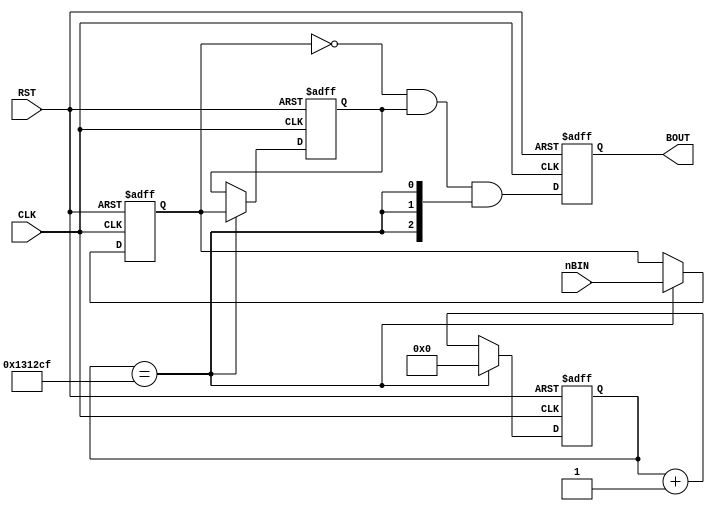
module BTN_IN(
	input		CLK, RST,
	input			[2:0] nBIN,
	output reg	[2:0] BOUT
);

reg [20:0] cnt;

wire en40hz = (cnt==1250000-1);

always @(posedge CLK, posedge RST) begin
	if (RST)
		cnt <= 21'b0;
	else if (en40hz)
		cnt <= 21'b0;
	else
		cnt <= cnt + 21'b1;
end

reg [2:0] ff1, ff2;
always @(posedge CLK, posedge RST) begin
	if (RST) begin
		ff2 <= 3'b0;
		ff1 <= 3'b0;
	end
	else if (en40hz) begin
		ff2 <= ff1;
		ff1 <= nBIN;
	end
end

wire [2:0] temp = ~ff1 & ff2 & {3{en40hz}};

always @(posedge CLK, posedge RST) begin
	if (RST)
		BOUT <= 3'b0;
	else
		BOUT <= temp;
end

endmodule